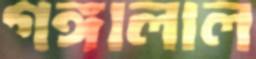
গঙ্গালাল